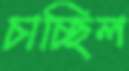
চাচ্ছিল